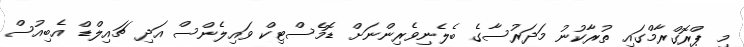
މި ޕްރޮގްރާމްގައި ތުރާކުނު މަދަރުސާގެ ބެލެނިވެރިންނަށް ޑޮމެސްޓިކް ވައިލެންސް އަދި ޗައިލްޑް އެބިއުސް